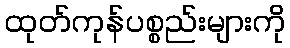
ထုတ်ကုန်ပစ္စည်းများကို